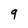
Character: q